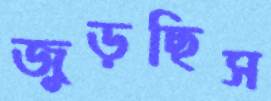
জুড়ছিস